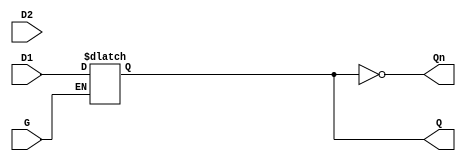
module dual_input_gated_latch (
    input wire D1,      // First data input
    input wire D2,      // Second data input
    input wire G,       // Gate control input (active high)
    output reg Q,       // Latch output
    output wire Qn      // Inverted output
);

// Inverted output
assign Qn = ~Q;

// Latch behavior
always @ (G or D1 or D2) begin
    if (G) begin
        // When G is high, select which data input to latch
        // Here, we can use a simple selection logic
        // For example, let's assume we select D1 when G is high
        Q <= D1; // Change this line to Q <= D2; to select D2 instead
    end
    // If G is low, Q retains its last state
end

endmodule